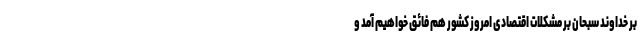
بر خداوند سبحان بر مشکلات اقتصادی امروز کشور هم فائق خواهیم آمد و